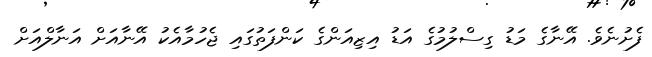
ފެށުނެވެ. އޭނާގެ މަޑު ގިސްލުމުގެ އަޑު އިޒިއަންގެ ކަންފަތުގައި ޖެހުމާއެކު އޭނާއަށް އަނާލްއަށް